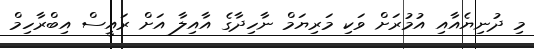
މި ދުނިޔެއާއި އުމުރަށް ވަކި މަރިޔަމް ނާހިދާގެ އާއިލާ އަށް ރައީސް އިބްރާހިމް